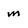
Character: m